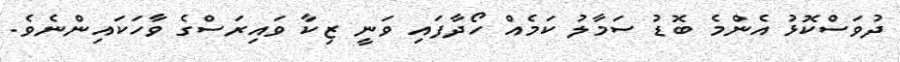
ދުވަސްކޮޅު އެންމެ ބޮޑު ސަމާލު ކަމެއް ހޯދާފައި ވަނީ ޒިކާ ވައިރަސްގެ ވާހަކައިންނެވެ.